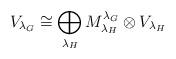
LaTeX: \begin{align*}V_{{\lambda_G}}\cong \bigoplus_{{\lambda_H}} M^{\lambda_G}_{\lambda_H}\otimes V_{{\lambda_H}}\end{align*}